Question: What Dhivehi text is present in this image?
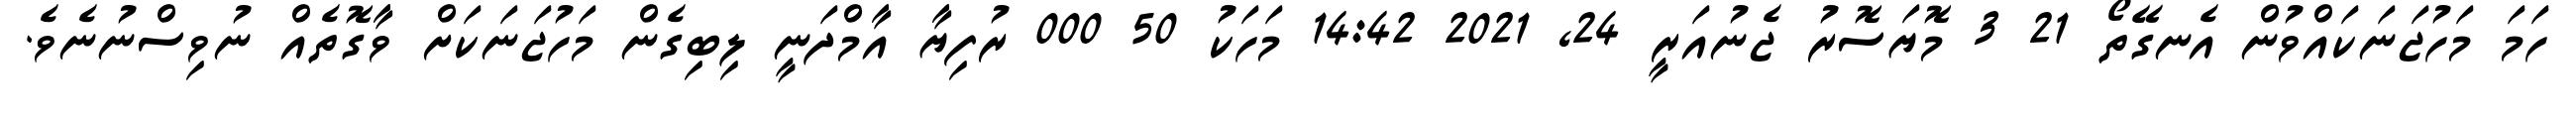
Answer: ހަމަ މަހުޖަނަކައްވުން އެނގޭތޯ 21 3 މޮޔަސޮރު ޖެނުއަރީ 24, 2021 14:42 މަހަކު 50 000 ރުފިޔާ އާމްދަނީ ލިބިގެން މަހުޖަނަކަށް ވާގޮތެއް ނުވިސްނުނެވެ.